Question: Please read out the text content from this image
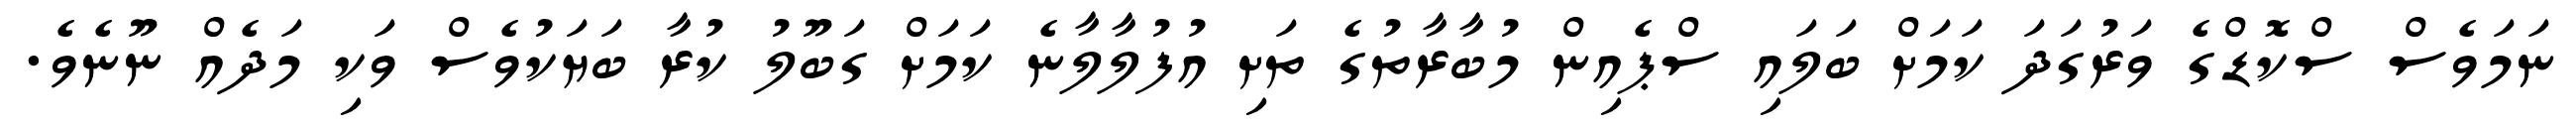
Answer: ނަމަވެސް ސްކޮޑްގެ ވަރުގަދަ ކަމަށް ބަލައި ސްޕެއިން މުބާރާތުގެ ތަށި އުފުލާލާނެ ކަމަށް ގަބޫލު ކުރާ ބަޔަކުވެސް ވަކި މަދެއް ނޫނެވެ.